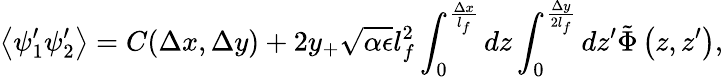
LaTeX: \left\langle\psi_{1}^{\prime}\psi_{2}^{\prime}\right\rangle=C(\Delta x,\Delta y)+2y_{+}\sqrt{\alpha\epsilon}l_{f}^{2}\int_{0}^{\frac{\Delta x}{l_{f}}}dz\int_{0}^{\frac{\Delta y}{2l_{f}}}dz^{\prime}\tilde{\Phi}\left(z,z^{\prime}\right),